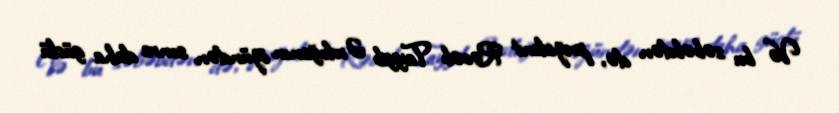
Və bu səbəbdən də, prezident Rəcəb Tayyib Ərdoğanın özündən sonra daha güclü